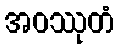
အဝဿုတံ